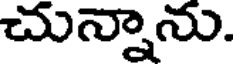
చున్నాను.